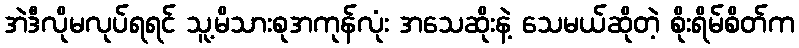
အဲဒီလိုမလုပ်ရရင် သူ့မိသားစုအကုန်လုံး အသေဆိုးနဲ့ သေမယ်ဆိုတဲ့ စိုးရိမ်စိတ်က